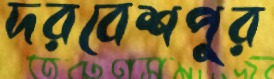
দরবেশপুর